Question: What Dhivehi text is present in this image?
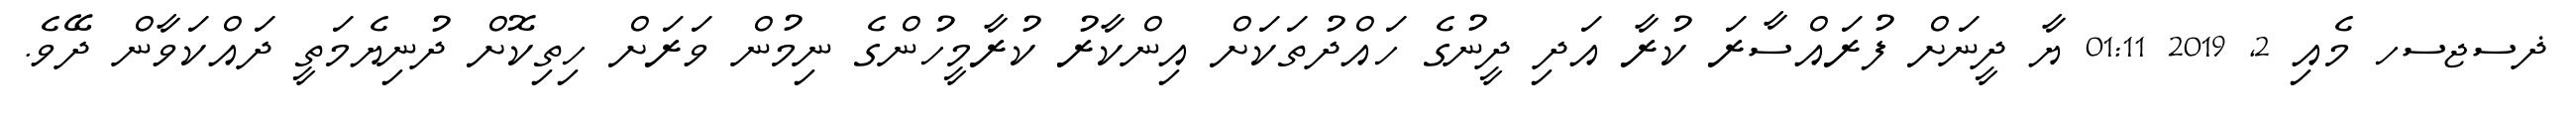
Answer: ޛސޖސހ މެއި 2, 2019 01:11 ޔާ ދީނަށް ފުރައްސާރަ ކުރާ އަދި ދީނުގެ ހައްދުތަކަށް އިންކާރު ކުރާމީހުންގެ ނިމުން ވަރަށް ހިތިކޮށް ދުނިޔެމަތީ ދައްކަވާން ދޭވެ.